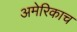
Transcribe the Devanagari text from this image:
अमेरिकाच